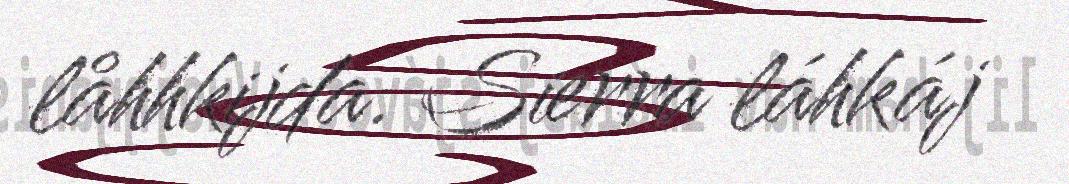
låhhkijda. Sierra láhkáj